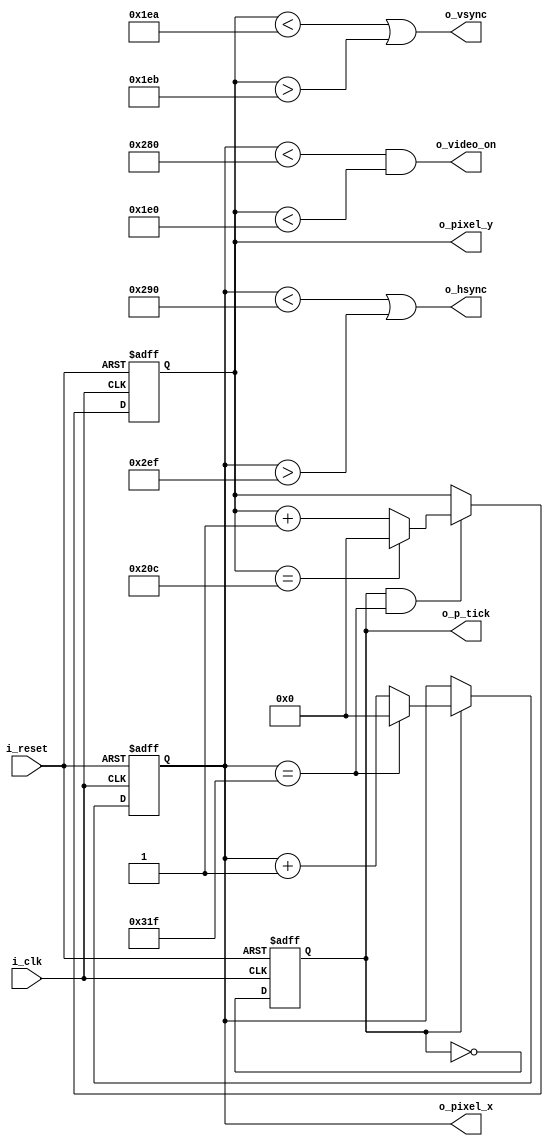
module vga_sync
	(
		output wire [9:0] o_pixel_x, 
		output wire [9:0] o_pixel_y,
		output wire o_hsync, 
		output wire o_vsync, 
		output wire o_video_on, 
		output wire o_p_tick,
		input wire i_clk, 
		input wire i_reset
	);

	// constant declaration
	// VGA 640-by-480 sync parameters
	localparam HD = 640;	// horizontal display area
	localparam HF = 16 ;	// horizontal front porch
	localparam HB = 48 ;	// horizontal back porch
	localparam HR = 96 ;	// horizontal retrace
	localparam VD = 480;	// vertical display area
	localparam VF = 10 ;	// vertical front porch
	localparam VB = 33 ;	// vertical back porch
	localparam VR = 2  ;	// vertical retrace

	// mod-2 counter
	reg mod2_reg;

	// sync counters
	reg [9:0] h_count_reg, h_count_next;
	reg [9:0] v_count_reg, v_count_next;
	// status signal
	wire h_end, v_end, pixel_tick;

	// body
	// registers
	always @(posedge i_clk, posedge i_reset)
		if (i_reset)
			begin
				mod2_reg <= 1'b0;
				v_count_reg <= 0;
				h_count_reg <= 0;
			end
		else
			begin
				mod2_reg <= ~mod2_reg;
				v_count_reg <= v_count_next;
				h_count_reg <= h_count_next;
			end

	// mod-2 circuit to generate 25 MHz enable tick
	assign pixel_tick = mod2_reg;

	// status signals
	// end of horizontal counter (799)
	assign h_end = (h_count_reg == (HD + HF + HB + HR - 1));
	// end of vertical counter (524)
	assign v_end = (v_count_reg == (VD + VF + VB + VR - 1));
	
	// next-state logic of mod-800 horizontal sync counter
	always @*
		if (pixel_tick)	// 25 MHz pulse
			if (h_end)
				h_count_next = 0;
			else
				h_count_next = h_count_reg + 1;
		else
			h_count_next = h_count_reg;

	// next-state logic of mod-525 vertical sync counter
	always @*
		if (pixel_tick & h_end)
			if (v_end)
				v_count_next = 0;
			else
				v_count_next = v_count_reg + 1;
		else
			v_count_next = v_count_reg;
	
	// h_sync
	assign o_hsync = h_count_reg < (HD + HF) || h_count_reg > (HD + HF + HR - 1);
	// v_sync
	assign o_vsync = v_count_reg < (VD + VF) || v_count_reg > (VD + VF + VR - 1);

	// video on/off
	assign o_video_on = (h_count_reg < HD) && (v_count_reg < VD);

	// output
	assign o_pixel_x = h_count_reg;
	assign o_pixel_y = v_count_reg;
	assign o_p_tick = pixel_tick;
endmodule